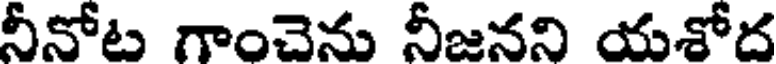
నీనోట గాంచెను నీజనని యశోద